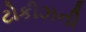
ટોકીઝની